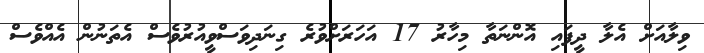
ވިލާއަށް އެލާ ދީފައި އޮންނަތާ މިހާރު 17 އަހަރަށްވުރެ ގިނަދިވަސްވީއުރުވެސް އެތަނުން އެއްވެސް